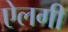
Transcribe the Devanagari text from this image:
ऐलगी